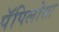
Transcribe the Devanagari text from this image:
पॅपिलोसा